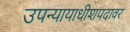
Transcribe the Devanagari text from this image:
उपन्यायाधीशपदावर